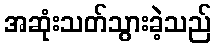
အဆုံးသတ်သွားခဲ့သည်